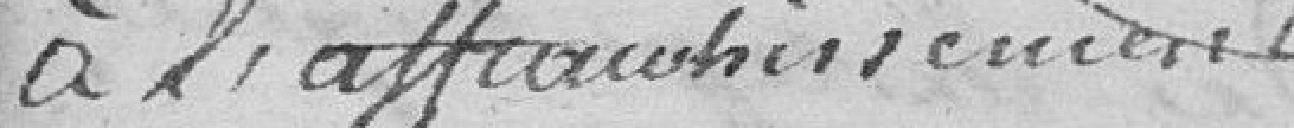
à l'affranchissement